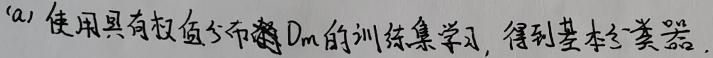
(a) 使用具有权值分布 $\mathcal{D}_m$ 的训练集学习，得到基本分类器.